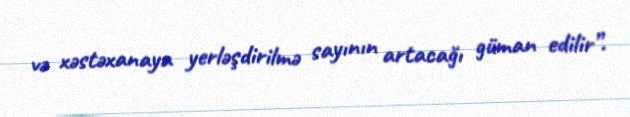
və xəstəxanaya yerləşdirilmə sayının artacağı güman edilir”.